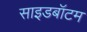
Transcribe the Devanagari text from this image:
साइडबॉटम